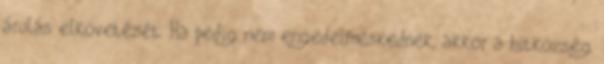
árulás elkövetését. Ha pedig nem engedelmeskednek, akkor a hitközség